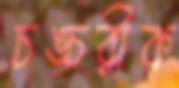
চঙ্চরীক